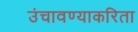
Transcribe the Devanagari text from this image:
उंचावण्याकरिता